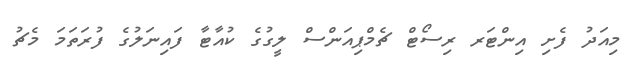
މިއަދު ފެށި އިންޓަރ ރިސޯޓް ޗެމްޕިއަންސް ލީގުގެ ކުއާޓާ ފައިނަލުގެ ފުރަތަމަ މެޗު